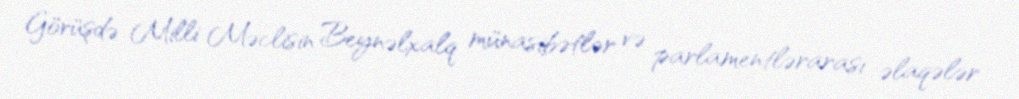
Görüşdə Milli Məclisin Beynəlxalq münasibətlər və parlamentlərarası əlaqələr